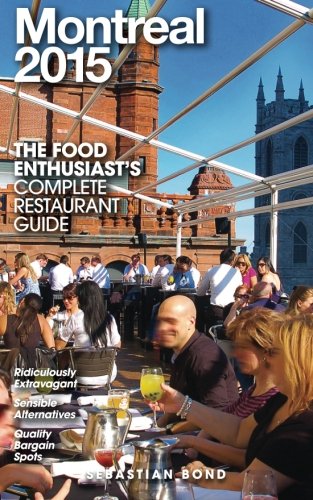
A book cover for Montreal - 2015 (The Food Enthusiast's Complete Restaurant Guide); Andrew Delaplaine; Travel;